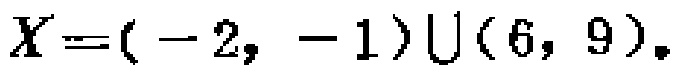
\(X=(-2, -1)\cup(6, 9)\)